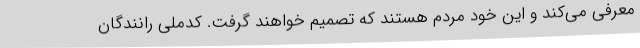
معرفی می‌کند و این خود مردم هستند که تصمیم خواهند گرفت. کدملی رانندگان